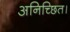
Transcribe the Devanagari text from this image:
अनिच्छित।